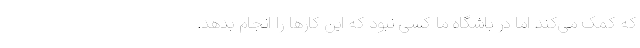
که کمک می‌کند اما در باشگاه ما کسی نبود که این کارها را انجام بدهد.